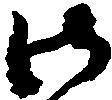
御